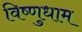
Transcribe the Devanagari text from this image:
विष्णुधाम